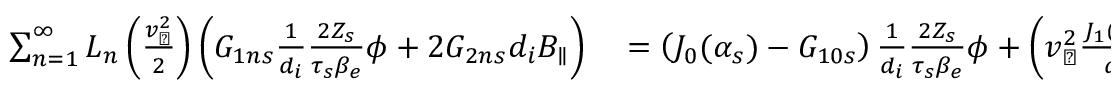
\begin{array} { r l } { \sum _ { n = 1 } ^ { \infty } L _ { n } \left( \frac { v _ { \perp } ^ { 2 } } { 2 } \right) \left( G _ { 1 n s } \frac { 1 } { d _ { i } } \frac { 2 Z _ { s } } { \tau _ { s } \beta _ { e } } \phi + 2 G _ { 2 n s } d _ { i } B _ { \parallel } \right) } & { { } = \left( J _ { 0 } ( \alpha _ { s } ) - G _ { 1 0 s } \right) \frac { 1 } { d _ { i } } \frac { 2 Z _ { s } } { \tau _ { s } \beta _ { e } } \phi + \left( v _ { \perp } ^ { 2 } \frac { J _ { 1 } ( \alpha _ { s } ) } { \alpha _ { s } } - 2 G _ { 2 0 s } \right) d _ { i } B _ { \parallel } . } \end{array}